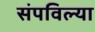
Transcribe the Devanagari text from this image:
संपविल्या